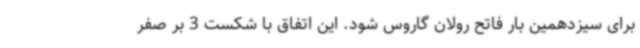
برای سیزدهمین بار فاتح رولان گاروس شود. این اتفاق با شکست 3 بر صفر